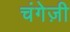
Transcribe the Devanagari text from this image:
चंगेज़ी